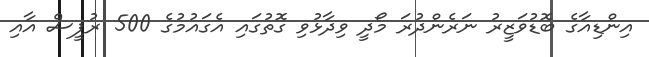
އިންޑިއާގެ ބޮޑުވަޒީރު ނަރެންދުރަ މޯދީ ވިދާޅުވި ގޮތުގައި އެގައުމުގެ 500 ރުޕީސް އާއި